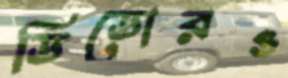
ডিডোরও